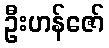
ဦးဟန်ဇော်